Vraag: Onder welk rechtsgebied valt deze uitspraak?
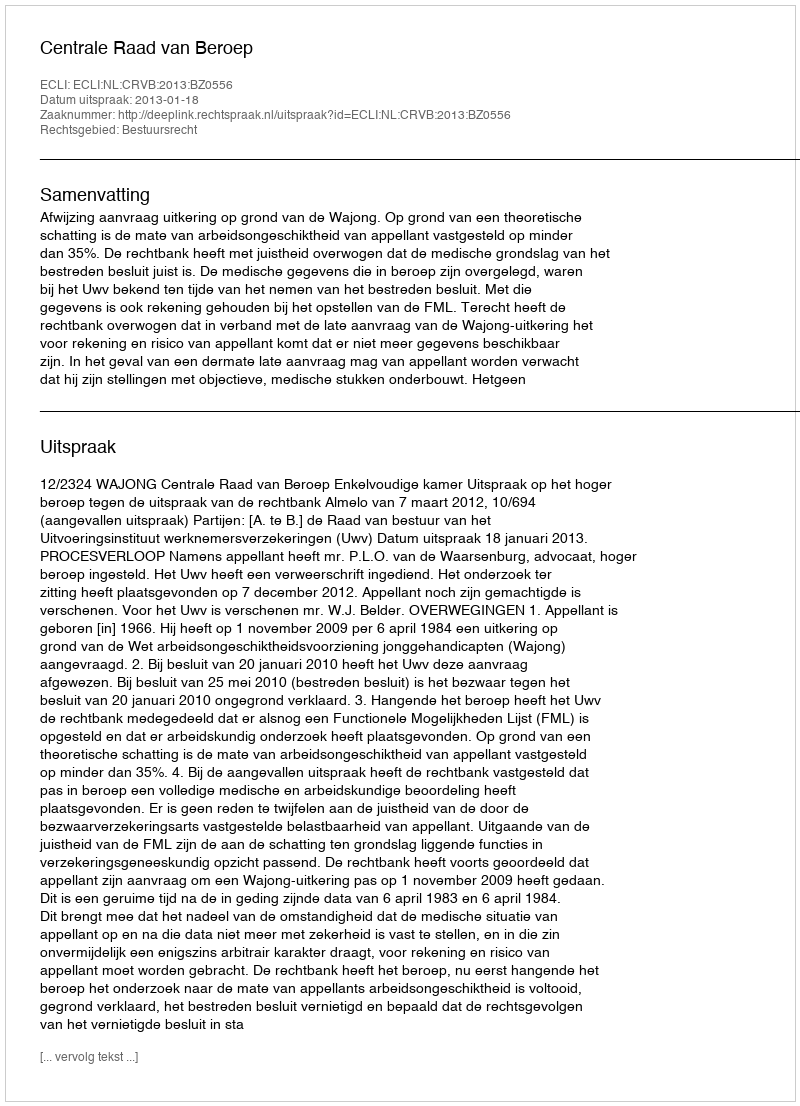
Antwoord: Bestuursrecht